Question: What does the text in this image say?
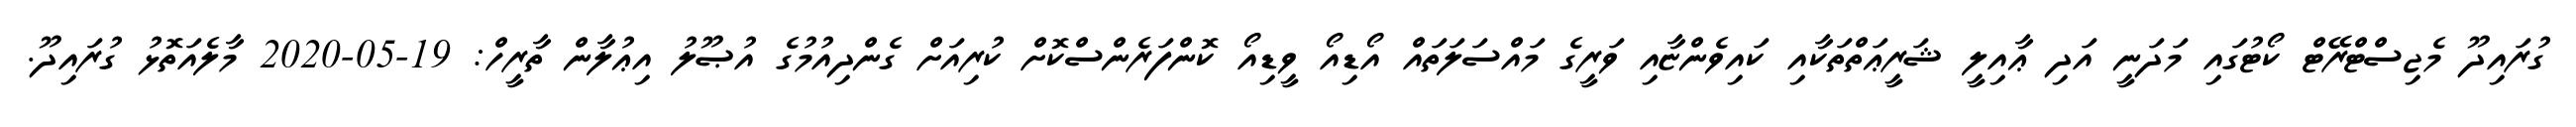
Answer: ގުރައިދޫ މެޖިސްޓްރޭޓް ކޯޓުގައި މަދަނީ އަދި ޢާއިލީ ޝަރީޢަތްތަކާއި ކައިވެންޏާއި ވަރީގެ މައްސަލަތައް އޯޑިއޯ ވީޑިއޯ ކޮންފަރެންސްކޮށް ކުރިއަށް ގެންދިއުމުގެ އުޞޫލު އިޢުލާން ތާރީހް: 19-05-2020 މާލެއަތޮޅު ގުރައިދޫ.